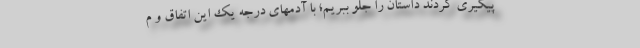
پیگیری کردند داستان را جلو ببریم؛ با آدمهای درجه یک این اتفاق و م